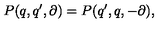
P ( q , q ^ { \prime } , \partial ) = P ( q ^ { \prime } , q , - \partial ) ,